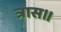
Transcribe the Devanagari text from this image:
त्रास।।